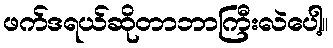
ဖက်ဒရယ်ဆိုတာဘာကြီးလဲပေါ့။